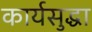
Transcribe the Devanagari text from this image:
कार्यसुद्धा